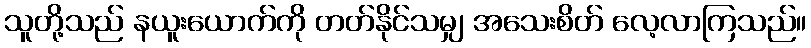
သူတို့သည် နယူးယောက်ကို တတ်နိုင်သမျှ အသေးစိတ် လေ့လာကြသည်။